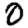
Digit: 0